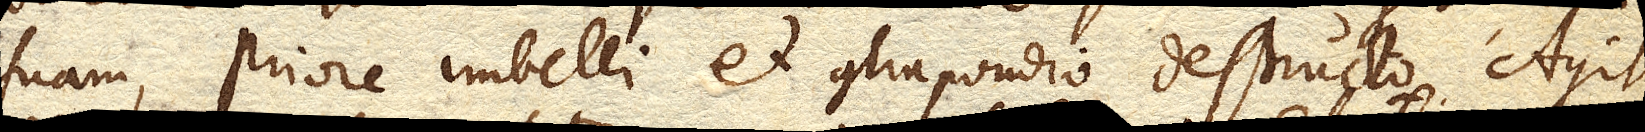
suam, priore imbelli et contrapondio destructo. Agit